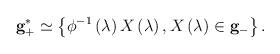
LaTeX: \begin{align*}{\bf g}_{+}^{*}\simeq \left\{ \phi ^{-1}\left( \lambda \right)X\left( \lambda \right) ,X\left( \lambda \right) \in {\bf g}_{-}\right\} .\end{align*}